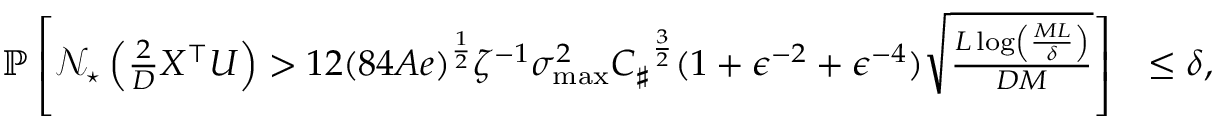
\begin{array} { r l } { \mathbb P \left[ { \mathcal N } _ { \star } \left( \frac 2 D X ^ { \top } \boldsymbol { U } \right) > { 1 2 ( 8 4 A e ) ^ { \frac 1 2 } \zeta ^ { - 1 } \sigma _ { \operatorname* { m a x } } ^ { 2 } } { C _ { \sharp } } ^ { \frac 3 2 } ( 1 + \epsilon ^ { - 2 } + \epsilon ^ { - 4 } ) \sqrt { \frac { L \log \left( \frac { M L } \delta \right) } { D M } } \right] } & { \leq \delta , } \end{array}